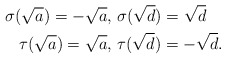
\begin{align*} \sigma(\sqrt{a})=-\sqrt{a},\ &\sigma(\sqrt{d})=\sqrt{d}\\ \tau(\sqrt{a})=\sqrt{a},\ &\tau(\sqrt{d})=-\sqrt{d}.\end{align*}